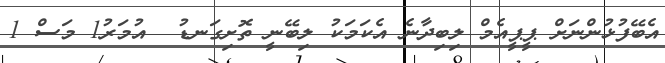
އެބޭފުޅުންނަށް ޕީޕީއެމް ލިބިދާނެ އެކަމަކު ލިބޭނީ ތޮށިގަނޑު  އުމަރު1 މަސް 1